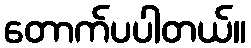
တောက်ပပါတယ်။